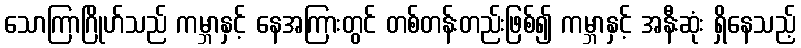
သောကြာဂြိုဟ်သည် ကမ္ဘာနှင့် နေအကြားတွင် တစ်တန်းတည်းဖြစ်၍ ကမ္ဘာနှင့် အနီးဆုံး ရှိနေသည့်